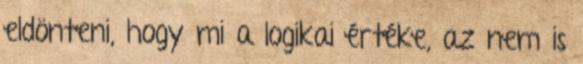
eldönteni, hogy mi a logikai értéke, az nem is